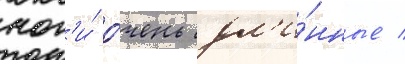
ног'и́ о́чень дл'и́нные /